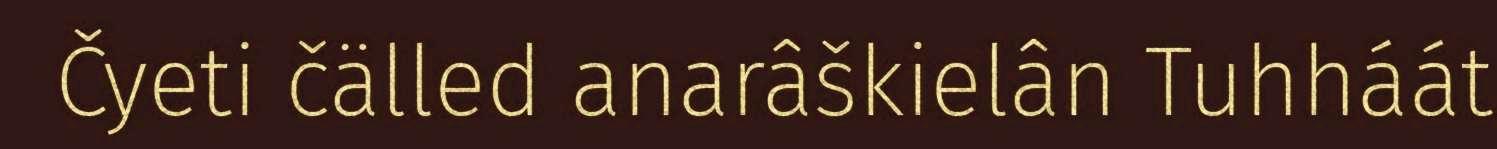
Čyeti čälled anarâškielân Tuhháát